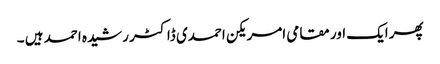
پھر ایک اور مقامی امریکن احمدی ڈاکٹر رشیدہ احمد ہیں ۔